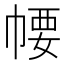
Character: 𢃽